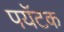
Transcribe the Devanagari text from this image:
पयॅटक